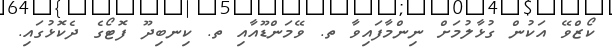
ކޯޒްވޭ އަކުން ގުޅާލުމަށް ނިންމާފައިވާ ތ. ވޭމަންޑޫއާއި ތ. ކިނބިދޫ ފޮޓޯގެ ދެކޮޅުގައި.